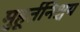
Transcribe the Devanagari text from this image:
मुहूर्तनिश्चय